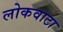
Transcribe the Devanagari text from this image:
लोकवाटा